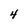
Character: 4